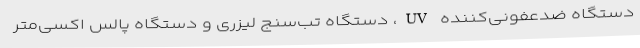
دستگاه ضدعفونی‌کننده UV، دستگاه تب‌سنج لیزری و دستگاه پالس اکسی‌متر